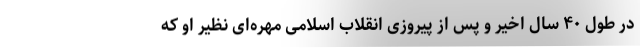
در طول ۴۰ سال اخیر و پس از پیروزی انقلاب اسلامی مهره‌ای نظیر او که